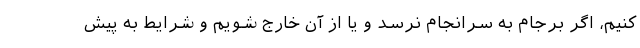
کنیم، اگر برجام به سرانجام نرسد و یا از آن خارج شویم و شرایط به پیش